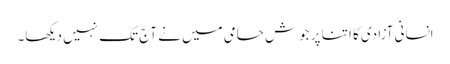
انسانی آزادی کا اتنا پر جوش حامی میں نے آج تک نہیں دیکھا۔